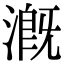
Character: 溉